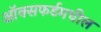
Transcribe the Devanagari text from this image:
ऑक्‍सफर्डमधील